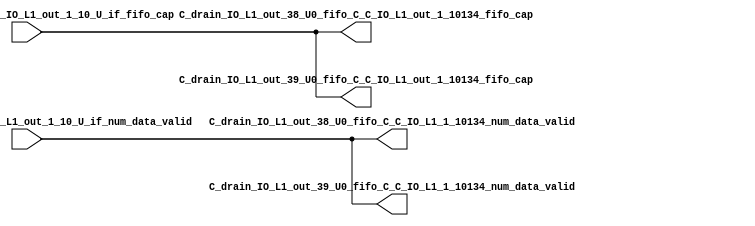
// ==================================================
// RTL generated by RapidStream
//
// Copyright 2024 RapidStream Design Automation, Inc.
// All Rights Reserved.
// ==================================================
`timescale 1 ns / 1 ps
module __rs_kernel3_aux_split_aux_75 #(
    parameter C_S_AXI_CONTROL_DATA_WIDTH  = 32,
    parameter C_S_AXI_CONTROL_ADDR_WIDTH  = 6,
    parameter C_S_AXI_DATA_WIDTH          = 32,
    parameter C_M_AXI_GMEM_A_ID_WIDTH     = 1,
    parameter C_M_AXI_GMEM_A_ADDR_WIDTH   = 64,
    parameter C_M_AXI_GMEM_A_DATA_WIDTH   = 512,
    parameter C_M_AXI_GMEM_A_AWUSER_WIDTH = 1,
    parameter C_M_AXI_GMEM_A_ARUSER_WIDTH = 1,
    parameter C_M_AXI_GMEM_A_WUSER_WIDTH  = 1,
    parameter C_M_AXI_GMEM_A_RUSER_WIDTH  = 1,
    parameter C_M_AXI_GMEM_A_BUSER_WIDTH  = 1,
    parameter C_M_AXI_GMEM_A_USER_VALUE   = 0,
    parameter C_M_AXI_GMEM_A_PROT_VALUE   = 0,
    parameter C_M_AXI_GMEM_A_CACHE_VALUE  = 3,
    parameter C_M_AXI_DATA_WIDTH          = 32,
    parameter C_M_AXI_GMEM_B_ID_WIDTH     = 1,
    parameter C_M_AXI_GMEM_B_ADDR_WIDTH   = 64,
    parameter C_M_AXI_GMEM_B_DATA_WIDTH   = 512,
    parameter C_M_AXI_GMEM_B_AWUSER_WIDTH = 1,
    parameter C_M_AXI_GMEM_B_ARUSER_WIDTH = 1,
    parameter C_M_AXI_GMEM_B_WUSER_WIDTH  = 1,
    parameter C_M_AXI_GMEM_B_RUSER_WIDTH  = 1,
    parameter C_M_AXI_GMEM_B_BUSER_WIDTH  = 1,
    parameter C_M_AXI_GMEM_B_USER_VALUE   = 0,
    parameter C_M_AXI_GMEM_B_PROT_VALUE   = 0,
    parameter C_M_AXI_GMEM_B_CACHE_VALUE  = 3,
    parameter C_M_AXI_GMEM_C_ID_WIDTH     = 1,
    parameter C_M_AXI_GMEM_C_ADDR_WIDTH   = 64,
    parameter C_M_AXI_GMEM_C_DATA_WIDTH   = 512,
    parameter C_M_AXI_GMEM_C_AWUSER_WIDTH = 1,
    parameter C_M_AXI_GMEM_C_ARUSER_WIDTH = 1,
    parameter C_M_AXI_GMEM_C_WUSER_WIDTH  = 1,
    parameter C_M_AXI_GMEM_C_RUSER_WIDTH  = 1,
    parameter C_M_AXI_GMEM_C_BUSER_WIDTH  = 1,
    parameter C_M_AXI_GMEM_C_USER_VALUE   = 0,
    parameter C_M_AXI_GMEM_C_PROT_VALUE   = 0,
    parameter C_M_AXI_GMEM_C_CACHE_VALUE  = 3,
    parameter C_S_AXI_CONTROL_WSTRB_WIDTH = 4,
    parameter C_S_AXI_WSTRB_WIDTH         = 4,
    parameter C_M_AXI_GMEM_A_WSTRB_WIDTH  = 64,
    parameter C_M_AXI_WSTRB_WIDTH         = 4,
    parameter C_M_AXI_GMEM_B_WSTRB_WIDTH  = 64,
    parameter C_M_AXI_GMEM_C_WSTRB_WIDTH  = 64
) (
    output wire [1:0] C_drain_IO_L1_out_38_U0_fifo_C_C_IO_L1_1_10134_num_data_valid,
    output wire [1:0] C_drain_IO_L1_out_38_U0_fifo_C_C_IO_L1_out_1_10134_fifo_cap,
    output wire [1:0] C_drain_IO_L1_out_39_U0_fifo_C_C_IO_L1_1_10134_num_data_valid,
    output wire [1:0] C_drain_IO_L1_out_39_U0_fifo_C_C_IO_L1_out_1_10134_fifo_cap,
    input wire  [1:0] fifo_C_drain_C_drain_IO_L1_out_1_10_U_if_fifo_cap,
    input wire  [1:0] fifo_C_drain_C_drain_IO_L1_out_1_10_U_if_num_data_valid
);
assign C_drain_IO_L1_out_38_U0_fifo_C_C_IO_L1_1_10134_num_data_valid = fifo_C_drain_C_drain_IO_L1_out_1_10_U_if_num_data_valid;
assign C_drain_IO_L1_out_38_U0_fifo_C_C_IO_L1_out_1_10134_fifo_cap = fifo_C_drain_C_drain_IO_L1_out_1_10_U_if_fifo_cap;
assign C_drain_IO_L1_out_39_U0_fifo_C_C_IO_L1_1_10134_num_data_valid = fifo_C_drain_C_drain_IO_L1_out_1_10_U_if_num_data_valid;
assign C_drain_IO_L1_out_39_U0_fifo_C_C_IO_L1_out_1_10134_fifo_cap = fifo_C_drain_C_drain_IO_L1_out_1_10_U_if_fifo_cap;
endmodule